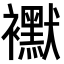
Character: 𧞾